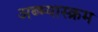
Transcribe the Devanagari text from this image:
अब्भ्यास्क्रम